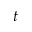
t